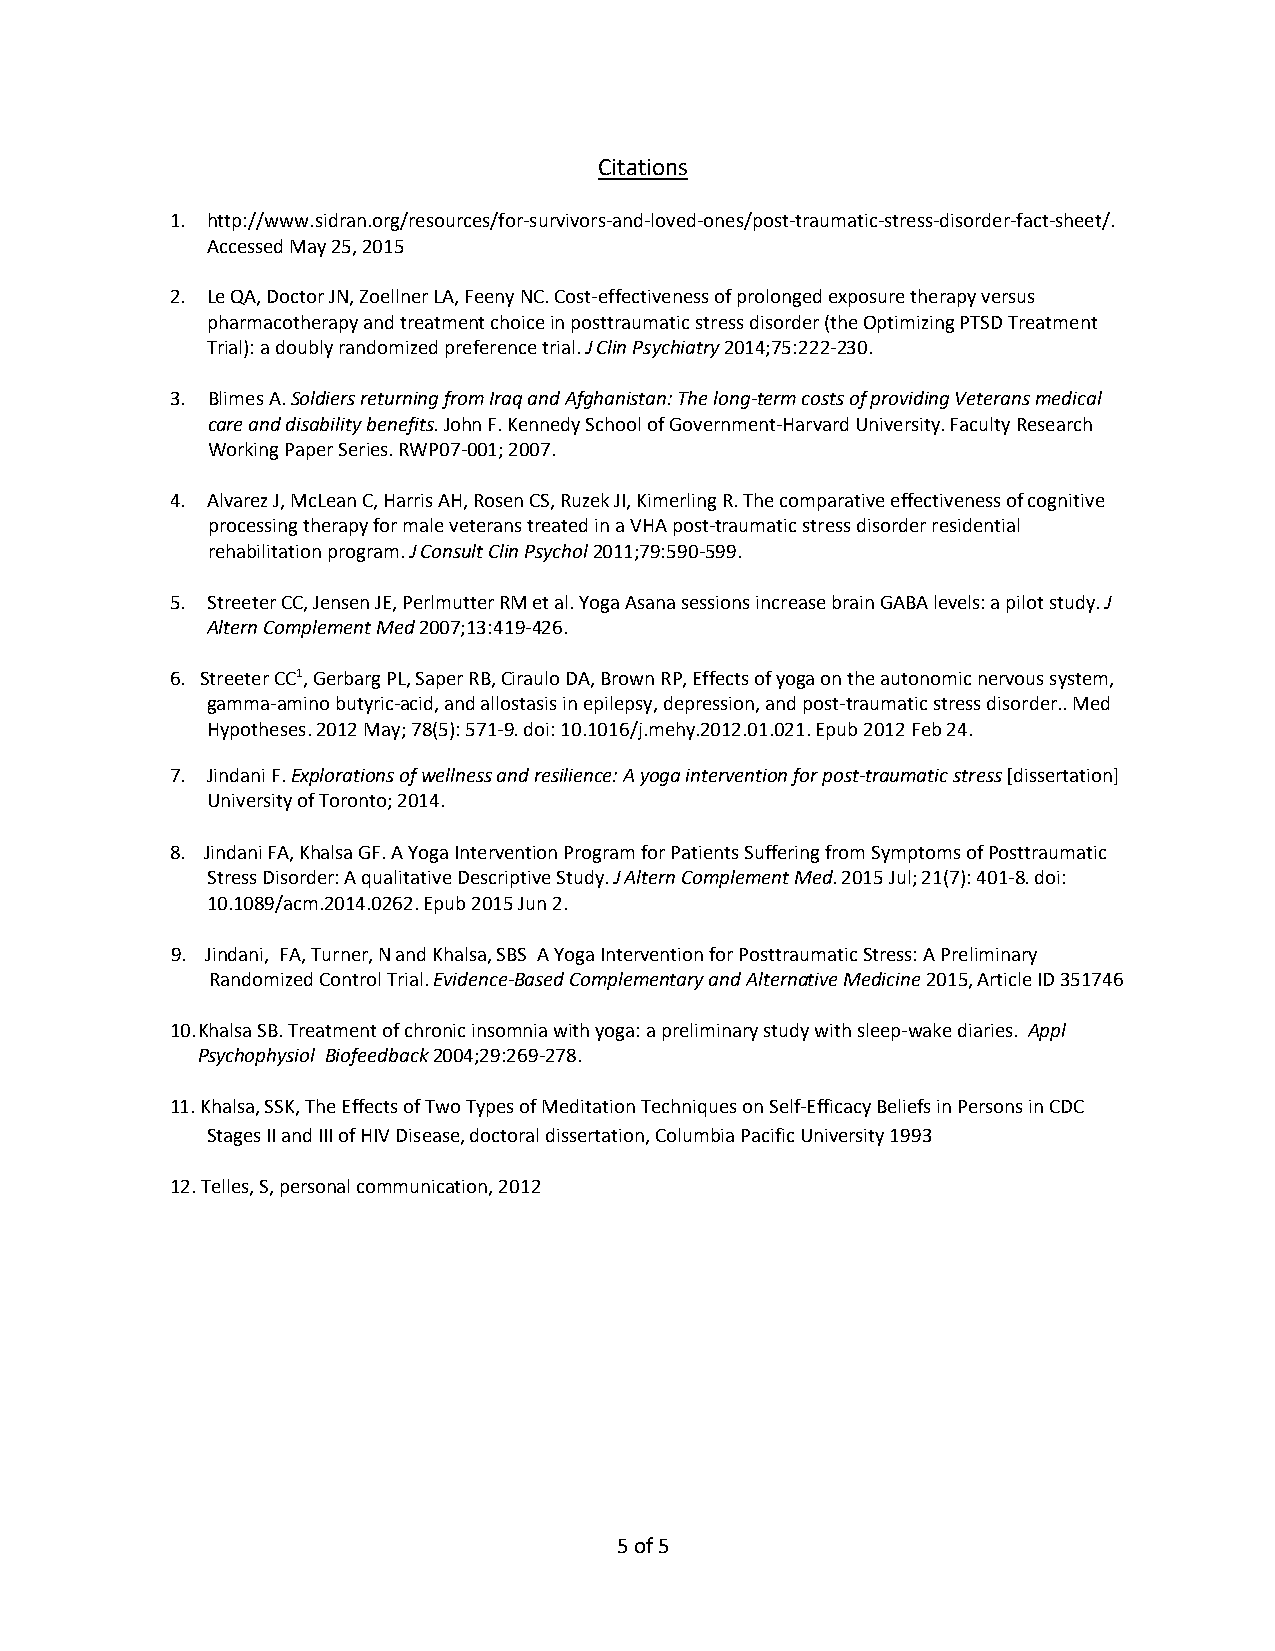
Citations
 1. http://www.sidran.org/resources/for-survivors-and-loved-ones/post-traumatic-stress-disorder-fact-sheet/.
 Accessed May 25, 2015
 2. Le QA, Doctor JN, Zoellner LA, Feeny NC. Cost-effectiveness of prolonged exposure therapy versus
 pharmacotherapy and treatment choice in posttraumatic stress disorder (the Optimizing PTSD Treatment
 Trial): a doubly randomized preference trial. J Clin Psychiatry 2014;75:222-230.
 3. Blimes A. Soldiers returning from Iraq and Afghanistan: The long-term costs of providing Veterans medical
 care and disability benefits. John F. Kennedy School of Government-Harvard University. Faculty Research
 Working Paper Series. RWP07-001; 2007.
 4. Alvarez J, McLean C, Harris AH, Rosen CS, Ruzek JI, Kimerling R. The comparative effectiveness of cognitive
 processing therapy for male veterans treated in a VHA post-traumatic stress disorder residential
 rehabilitation program. J Consult Clin Psychol 2011;79:590-599.
 5. Streeter CC, Jensen JE, Perlmutter RM et al. Yoga Asana sessions increase brain GABA levels: a pilot study. J
 Altern Complement Med 2007;13:419-426.
 6. Streeter CC1, Gerbarg PL, Saper RB, Ciraulo DA, Brown RP, Effects of yoga on the autonomic nervous system,
 gamma-amino butyric-acid, and allostasis in epilepsy, depression, and post-traumatic stress disorder.. Med
 Hypotheses. 2012 May; 78(5): 571-9. doi: 10.1016/j.mehy.2012.01.021. Epub 2012 Feb 24.
 7. Jindani F. Explorations of wellness and resilience: A yoga intervention for post-traumatic stress [dissertation]
 University of Toronto; 2014.
 8. Jindani FA, Khalsa GF. A Yoga Intervention Program for Patients Suffering from Symptoms of Posttraumatic
 Stress Disorder: A qualitative Descriptive Study. J Altern Complement Med. 2015 Jul; 21(7): 401-8. doi:
 10.1089/acm.2014.0262. Epub 2015 Jun 2.
 9. Jindani, FA, Turner, N and Khalsa, SBS A Yoga Intervention for Posttraumatic Stress: A Preliminary
 Randomized Control Trial. Evidence-Based Complementary and Alternative Medicine 2015, Article ID 351746
 10. Khalsa SB. Treatment of chronic insomnia with yoga: a preliminary study with sleep-wake diaries. Appl
 Psychophysiol Biofeedback 2004;29:269-278.
 11. Khalsa, SSK, The Effects of Two Types of Meditation Techniques on Self-Efficacy Beliefs in Persons in CDC
 Stages II and III of HIV Disease, doctoral dissertation, Columbia Pacific University 1993
 12. Telles, S, personal communication, 2012
 5 of 5